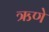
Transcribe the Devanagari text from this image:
ऋणे